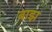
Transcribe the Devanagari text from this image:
बाझ